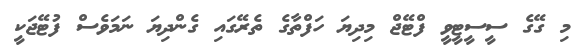
މި ގޭގެ ސީސީޓީވީ ފްޓޭޖް މިދިޔަ ހަފްތާގެ ތެރޭގައި ގެންދިޔަ ނަަމަވެސް ފުޓޭޖަކީ